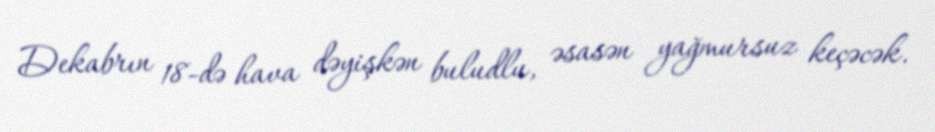
Dekabrın 18-də hava dəyişkən buludlu, əsasən yağmursuz keçəcək.